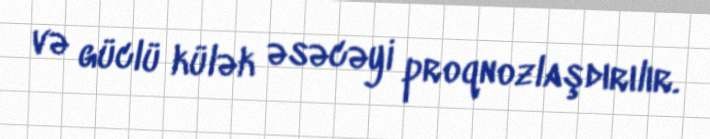
və güclü külək əsəcəyi proqnozlaşdırılır.